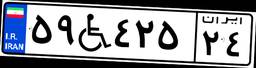
۴۹W۷۷۴۳۱